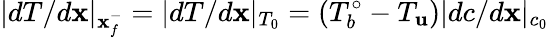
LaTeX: |dT/d\mathbf{x}|_{\mathbf{x}_{f}^{-}}=|dT/d\mathbf{x}|_{T_{0}}=(T_{b}^{\circ}-T_{\mathbf{u}})|dc/d\mathbf{x}|_{c_{0}}